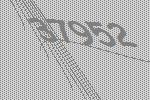
37952